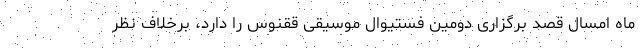
ماه امسال قصد برگزاری دومین فستیوال موسیقی ققنوس را دارد، برخلاف نظر